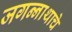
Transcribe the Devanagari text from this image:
जगन्‍नाथाचे